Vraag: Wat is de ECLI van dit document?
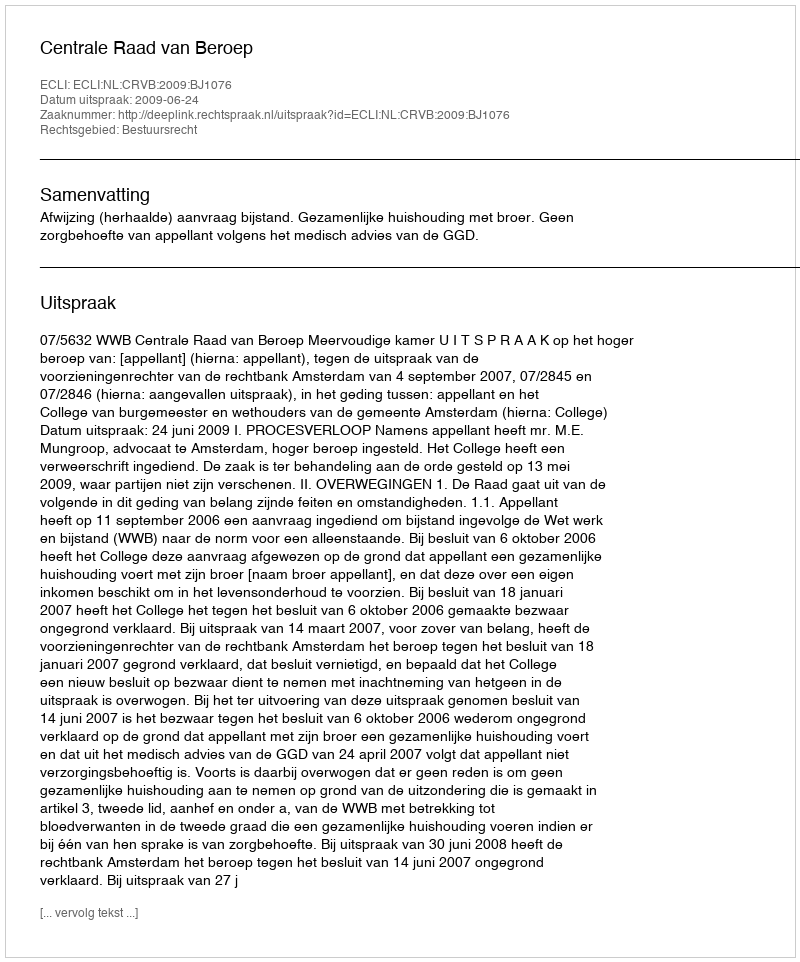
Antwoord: ECLI:NL:CRVB:2009:BJ1076